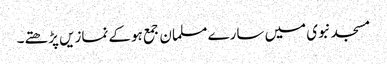
مسجد نبوی میں سارے مسلمان جمع ہوکے نمازیں پڑھتے۔